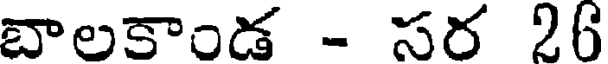
బాలకాండ - సర 26